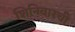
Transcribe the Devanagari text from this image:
शिनिवारची